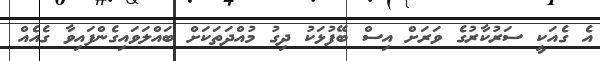
އެ ގެއަކީ ސަރުކާރުގެ ވަރަށް އިސް ބޭފުޅަކު ދިގު މުއްދަތަކަށް ބައްލަވައިގެންފައިވާ ގެއެއް